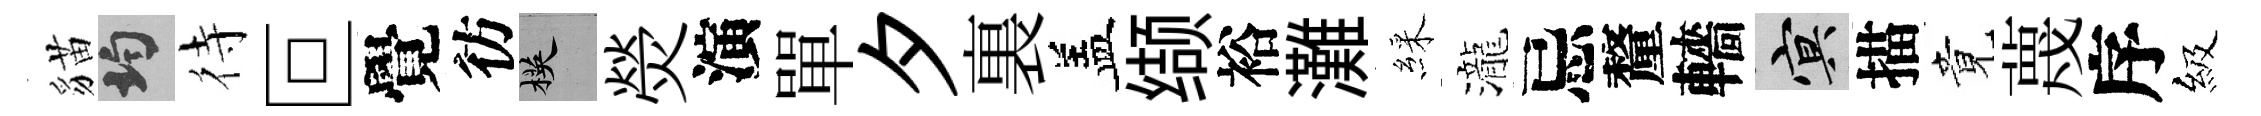
貓均待叵覺彷楧熒演單夕裏盖缬裕灘綵瀧忌釐轖冥描竟蔑序級